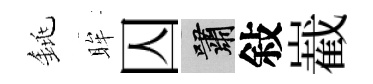
銚眸囚嘯敍嶻